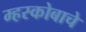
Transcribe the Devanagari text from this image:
म्हस्कोबाचे